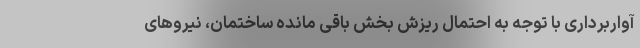
آواربرداری با توجه به احتمال ریزش بخش باقی مانده ساختمان، نیروهای